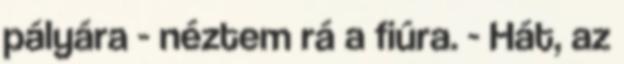
pályára - néztem rá a fiúra. - Hát, az